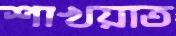
শাখয়াত